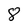
Character: 8